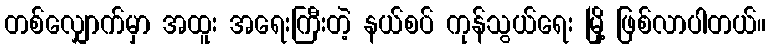
တစ်လျှောက်မှာ အထူး အရေးကြီးတဲ့ နယ်စပ် ကုန်သွယ်ရေး မြို့ ဖြစ်လာပါတယ်။